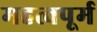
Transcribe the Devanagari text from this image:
महत्वपूर्म